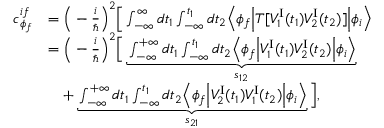
\begin{array} { r l } { c _ { \phi _ { f } } ^ { i f } } & { = \Big ( - \frac { i } { \hbar } \Big ) ^ { 2 } \Big [ \int _ { - \infty } ^ { \infty } d t _ { 1 } \int _ { - \infty } ^ { t _ { 1 } } d t _ { 2 } \Big \langle \phi _ { f } \Big \vert T [ { \cal V } _ { 1 } ^ { \mathrm { I } } ( t _ { 1 } ) { \cal V } _ { 2 } ^ { \mathrm { I } } ( t _ { 2 } ) ] \Big \vert \phi _ { i } \Big \rangle } \\ & { = \Big ( - \frac { i } { \hbar } \Big ) ^ { 2 } \Big [ \underbrace { \int _ { - \infty } ^ { + \infty } d t _ { 1 } \int _ { - \infty } ^ { t _ { 1 } } d t _ { 2 } \Big \langle \phi _ { f } \Big \vert { \cal V } _ { 1 } ^ { \mathrm { I } } ( t _ { 1 } ) { \cal V } _ { 2 } ^ { \mathrm { I } } ( t _ { 2 } ) \Big \vert \phi _ { i } \Big \rangle } _ { s _ { 1 2 } } } \\ & { \quad \mathrm + \underbrace { \int _ { - \infty } ^ { + \infty } d t _ { 1 } \int _ { - \infty } ^ { t _ { 1 } } d t _ { 2 } \Big \langle \phi _ { f } \Big \vert { \cal V } _ { 2 } ^ { \mathrm { I } } ( t _ { 1 } ) { \cal V } _ { 1 } ^ { \mathrm { I } } ( t _ { 2 } ) \Big \vert \phi _ { i } \Big \rangle } _ { s _ { 2 1 } } \Big ] , } \end{array}